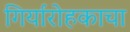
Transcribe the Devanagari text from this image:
गिर्यारोहकाचा